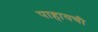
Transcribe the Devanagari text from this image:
पाहायची